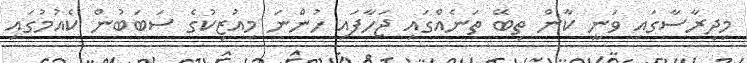
މިދިރާސާގައި ވަނީ ކާން ތިބޭ ތަނެއްގައި ޖަހާފައި ހުންނަ މިއުޒިކުގެ ސަބަބުން ކެއުމުގައި